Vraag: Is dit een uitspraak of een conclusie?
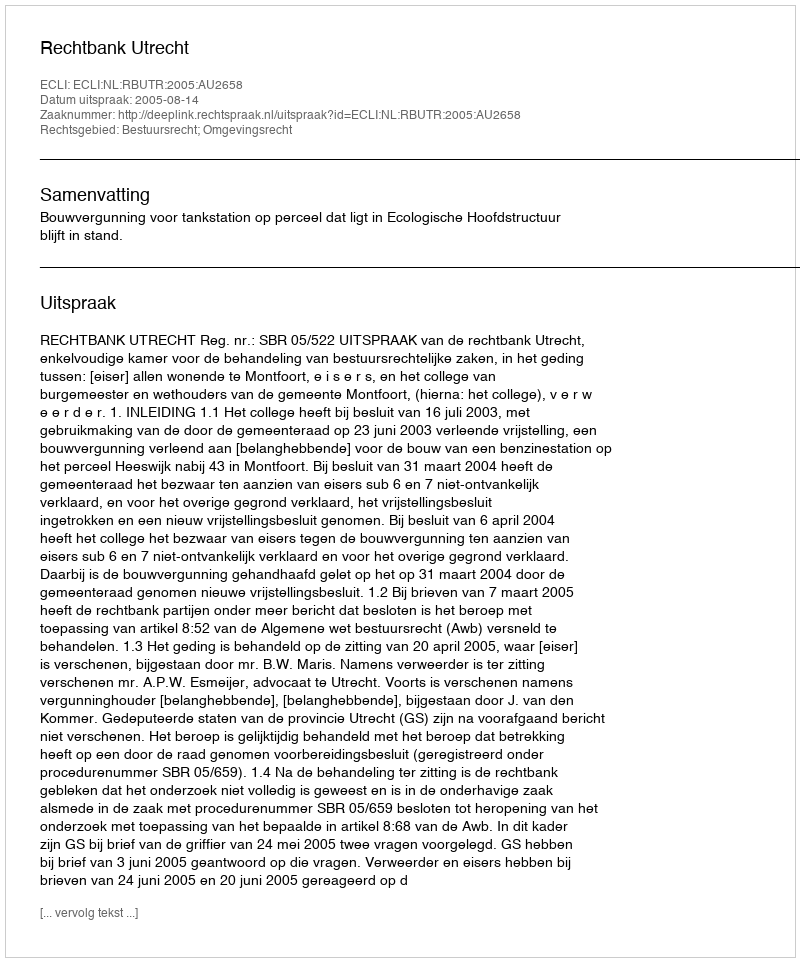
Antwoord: Uitspraak